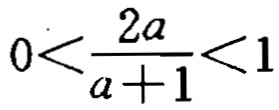
\(0<\frac{2a}{a + 1}<1\)